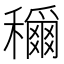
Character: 𫁉